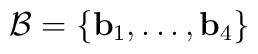
\mathcal{B} = \{\mathbf{b}_1,\ldots,\mathbf{b}_4\}